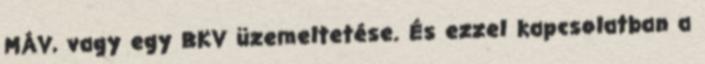
MÁV, vagy egy BKV üzemeltetése. És ezzel kapcsolatban a